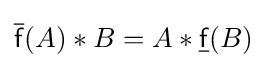
{\overline {\mathsf {f}}}(A)*B=A*{\underline {\mathsf {f}}}(B)